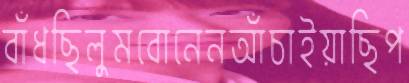
বাঁধছিলুমবোনেনআঁচাইয়াছিপ